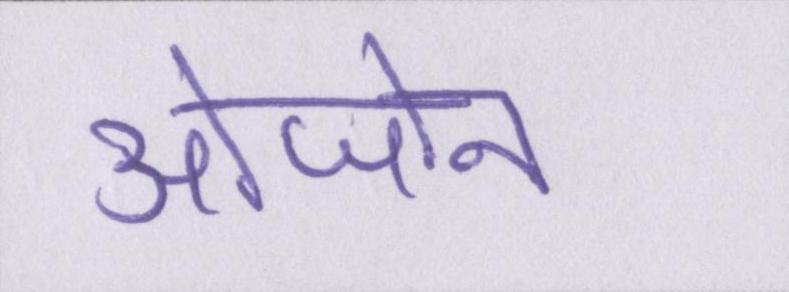
ओजोन